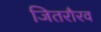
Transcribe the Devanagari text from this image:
जितरौरव